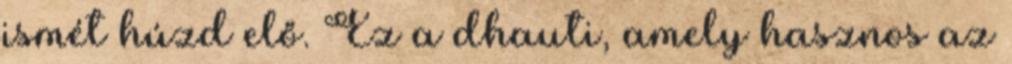
ismét húzd elő. Ez a dhauti, amely hasznos az